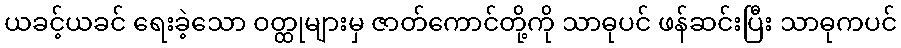
ယခင့်ယခင် ရေးခဲ့သော ဝတ္ထုများမှ ဇာတ်ကောင်တို့ကို သာဓုပင် ဖန်ဆင်းပြီး သာဓုကပင်